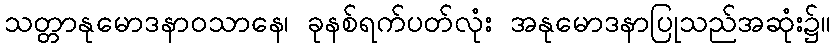
သတ္တာနုမောဒနာဝသာနေ၊ ခုနစ်ရက်ပတ်လုံး အနုမောဒနာပြုသည်အဆုံး၌။